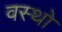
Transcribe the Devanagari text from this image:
वस्थाे